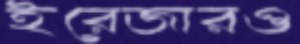
ইরেজারও